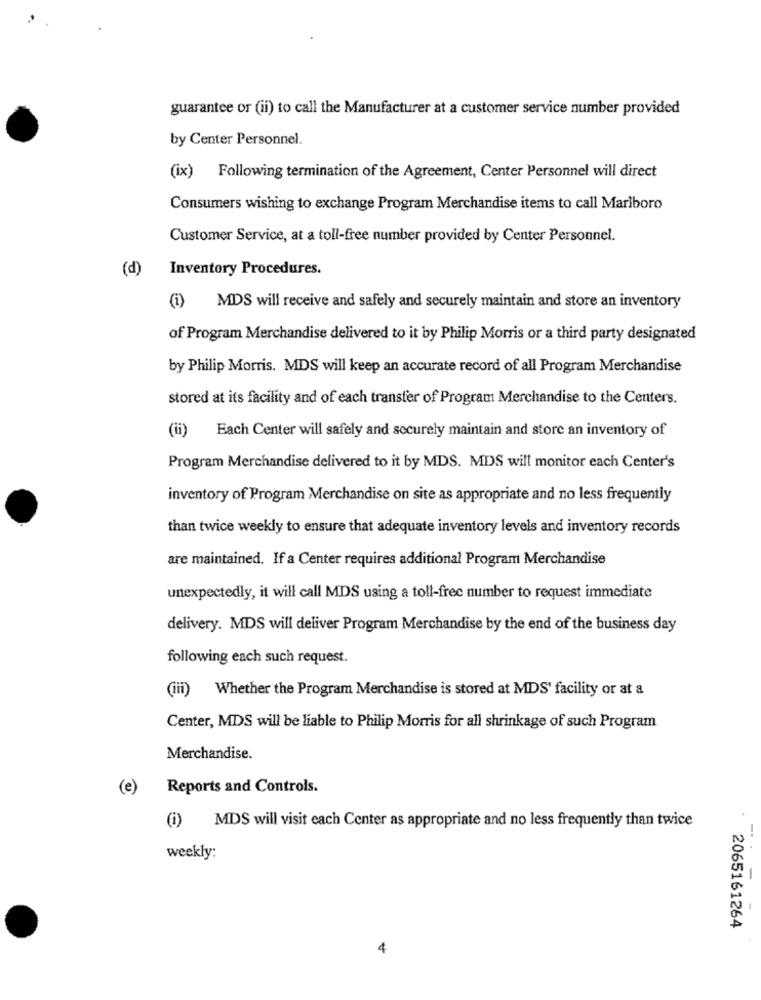
guarantee or (ii) to call the Manufacturer at a customer service number provided
by Center Personnel.
(ix) Following termination of the Agreement, Center Personnel will direct
Consumers wishing to exchange Program Merchandise items to call Marlboro
Customer Service, at a toll-free number provided by Center Personnel.
(d)
Inventory Procedures.
(i) MDS will receive and safely and securely maintain and store an inventory
of Program Merchandise delivered to it by Philip Morris or a third party designated
by Philip Morris. MDS will keep an accurate record of all Program Merchandise
stored at its facility and of each transfer of Program Merchandise to the Centers.
(i) Each Center will safely and securely maintain and store an inventory of
Program Merchandise delivered to it by MDS. MDS will monitor each Center's
inventory of Program Merchandise on site as appropriate and no less frequently
than twice weekly to ensure that adequate inventory levels and inventory records
are maintained. If a Center requires additional Program Merchandise
unexpectedly, it will call MDS using a toll-free number to request immediate
delivery. MDS will deliver Program Merchandise by the end of the business day
following each such request.
(iii) Whether the Program Merchandise is stored at MDS' facility or at a
Center, MDS will be liable to Philip Morris for all shrinkage of such Program
Merchandise.
(e)
Reports and Controls.
(1)
MDS will visit each Center as appropriate and no less frequently than twice
weekly:
-
2065161264
4